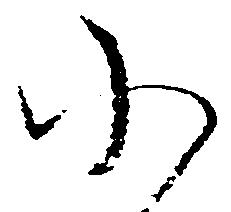
小